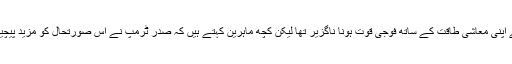
چین کے لیے اپنی معاشی طاقت کے ساتھ فوجی قوت ہونا ناگزیر تھا لیکن کچھ ماہرین کہتے ہیں کہ صدر ٹرمپ نے اس صورتحال کو مزید پیچیدہ بنا دیا ہے۔